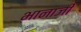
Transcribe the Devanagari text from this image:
भानाजी